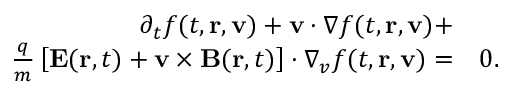
\begin{array} { r l } { \partial _ { t } f ( t , \mathbf { r } , \mathbf { v } ) + \mathbf { v } \cdot \nabla f ( t , \mathbf { r } , \mathbf { v } ) + } & { { } } \\ { \frac { q } { m } \left[ \mathbf { E } ( \mathbf { r } , t ) + \mathbf { v } \times \mathbf { B } ( \mathbf { r } , t ) \right] \cdot \nabla _ { v } f ( t , \mathbf { r } , \mathbf { v } ) = } & { { } 0 . } \end{array}